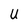
Character: U